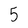
Character: 5